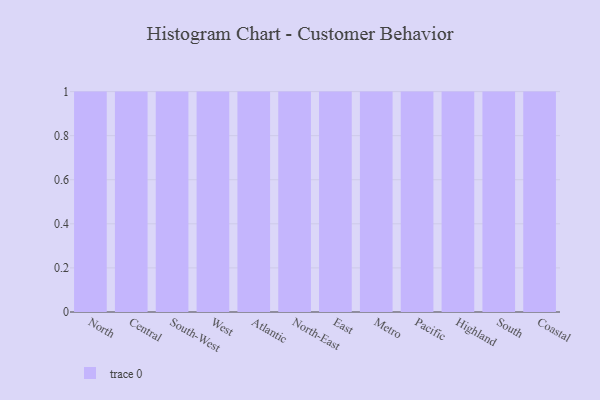
{"axis": {"x": "Region", "y": "Waste Production (Tons)"}, "legend": [""], "data": [{"x": "North", "y": 2, "type": ""}, {"x": "Central", "y": 88, "type": ""}, {"x": "South-West", "y": 37, "type": ""}, {"x": "West", "y": 83, "type": ""}, {"x": "Atlantic", "y": 59, "type": ""}, {"x": "North-East", "y": 41, "type": ""}, {"x": "East", "y": 66, "type": ""}, {"x": "Metro", "y": 67, "type": ""}, {"x": "Pacific", "y": 80, "type": ""}, {"x": "Highland", "y": 41, "type": ""}, {"x": "South", "y": 51, "type": ""}, {"x": "Coastal", "y": 73, "type": ""}]}